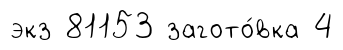
экз 81153 загото́вка 4